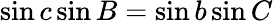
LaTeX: \sin c\sin B=\sin b\sin C